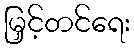
မြှင့်တင်ရေး